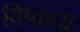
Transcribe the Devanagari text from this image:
विष्क्तता